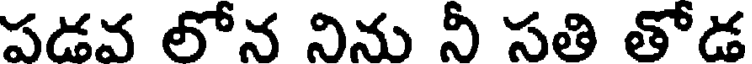
పడవ లోన నిను నీ సతి తోడ